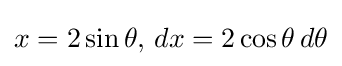
x=2\sin \theta ,\,dx=2\cos \theta \,d\theta